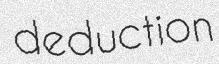
deduction